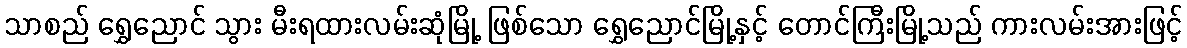
သာစည် ရွှေညောင် သွား မီးရထားလမ်းဆုံမြို့ ဖြစ်သော ရွှေညောင်မြို့နှင့် တောင်ကြီးမြို့သည် ကားလမ်းအားဖြင့်